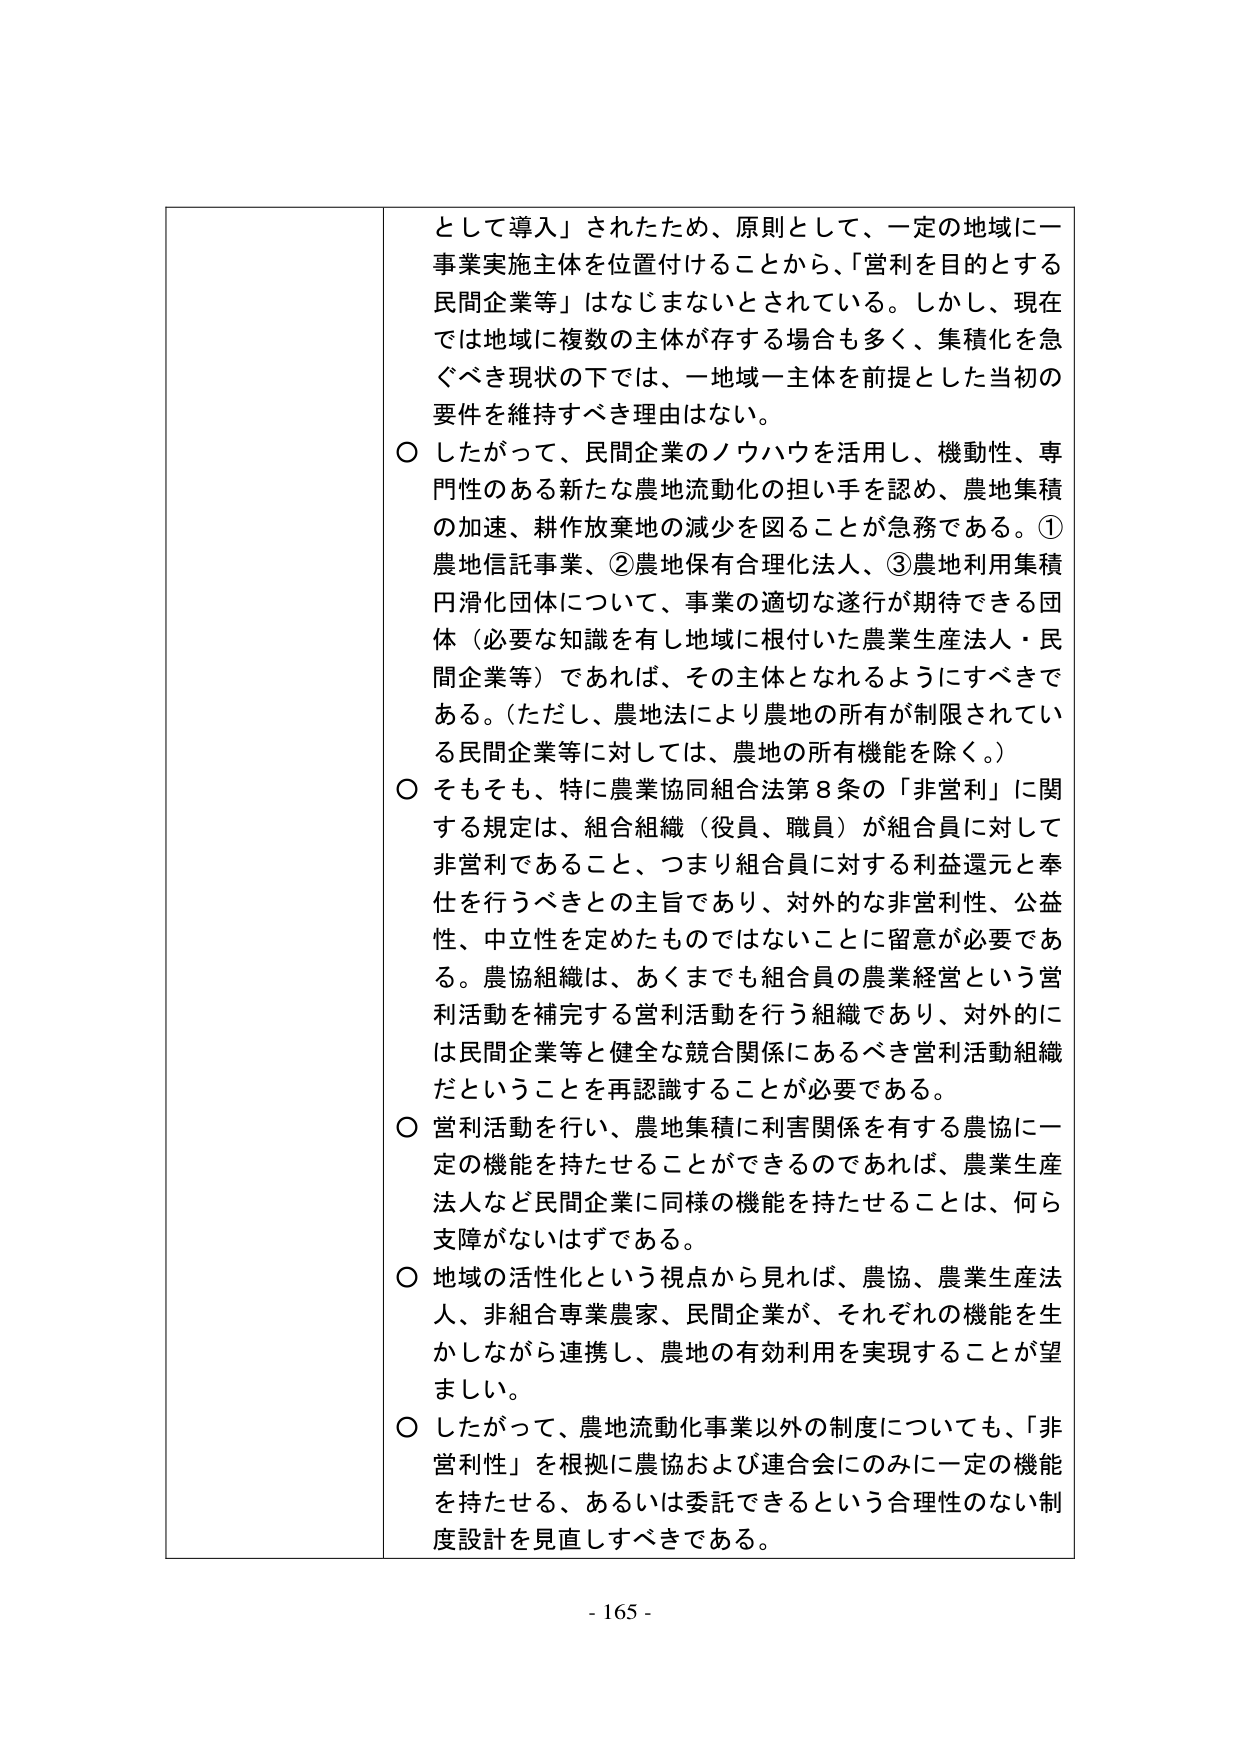
として導入」されたため、原則として、一定の地域に一
事業実施主体を位置付けることから、「営利を目的とする
民間企業等」はなじまないとされている。しかし、現在
では地域に複数の主体が存する場合も多く、集積化を急
ぐべき現状の下では、一地域一主体を前提とした当初の
要件を維持すべき理由はない。
○ したがって、民間企業のノウハウを活用し、機動性、専
門性のある新たな農地流動化の担い手を認め、農地集積
の加速、耕作放棄地の減少を図ることが急務である。①
農地信託事業、②農地保有合理化法人、③農地利用集積
円滑化団体について、事業の適切な遂行が期待できる団
体（必要な知識を有し地域に根付いた農業生産法人・民
間企業等）であれば、その主体となれるようにすべきで
ある。（ただし、農地法により農地の所有が制限されてい
る民間企業等に対しては、農地の所有機能を除く。）
○ そもそも、特に農業協同組合法第８条の「非営利」に関
する規定は、組合組織（役員、職員）が組合員に対して
非営利であること、つまり組合員に対する利益還元と奉
仕を行うべきとの主旨であり、対外的な非営利性、公益
性、中立性を定めたものではないことに留意が必要であ
る。農協組織は、あくまでも組合員の農業経営という営
利活動を補完する営利活動を行う組織であり、対外的に
は民間企業等と健全な競合関係にあるべき営利活動組織
だということを再認識することが必要である。
○ 営利活動を行い、農地集積に利害関係を有する農協に一
定の機能を持たせることができるであれば、農業生産
法人など民間企業に同様の機能を持たせることは、何ら
支障がないはずである。
○ 地域の活性化という視点から見れば、農協、農業生産法
人、非組合専業農家、民間企業が、それぞれの機能を生
かしながら連携し、農地の有効利用を実現することが望
ましい。
○ したがって、農地流動化事業以外の制度についても、「非
営利性」を根拠に農協および連合会にのみに一定の機能
を持たせる、あるいは委託できるという合理性のない制
度設計を見直すべきである。
- 165 -